Indian journal of veterinary science and animal husbandry - Volume 10,
Year: 1940
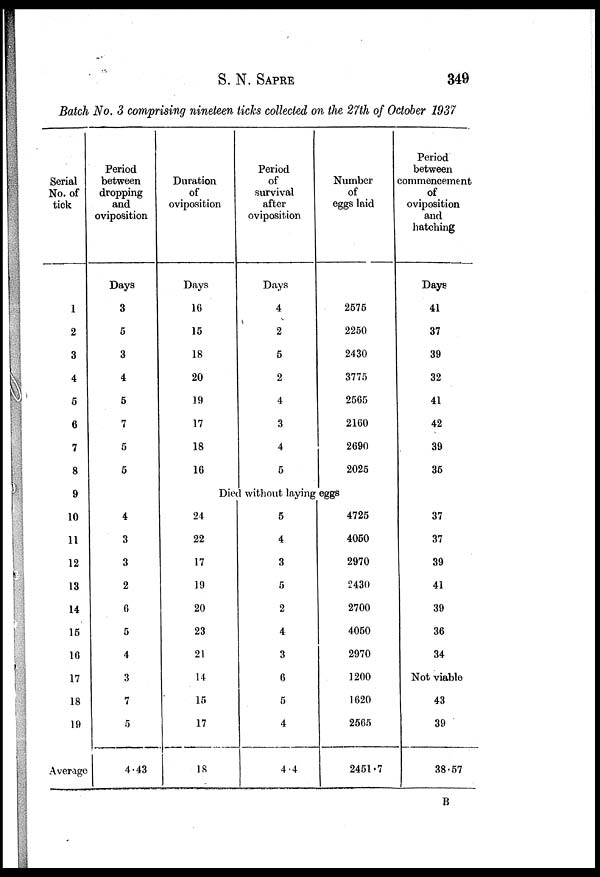
S. N.
SAPRE
349
Batch No. 3 comprising nineteen ticks collected on the 27th of October 1937
Serial
No. of
tick
1
2
3
4
6
6
7
8
9
10
11
12
13
14
15
16
17
18
19
Average
Period
between
dropping
and
oviposition
Days
3
5
3
4
5
7
5
5
4
3
3
2
6
5
4
3
7
5
4.43
Duration
of
oviposition
Days
16
16
18
20
19
17
18
16
Period
of
survival
after
oviposition
Days
4
2
5
2
4
3
4
5
Number
of
eggs laid
2575
2250
2430
3775
2565
2160
2690
2025
Died without laying eggs
24
22
17
19
20
23
21
14
15
17
18
5
4
3
5
2
4
3
6
5
4
4.4
4725
4050
2970
2430
2700
4050
2970
1200
1620
2565
2451.7
Period
between
commencement
of
oviposition
and
hatching
Days
41
37
39
32
41
42
39
35
37
37
39
41
39
36
34
Not viable
43
39
38.57
B